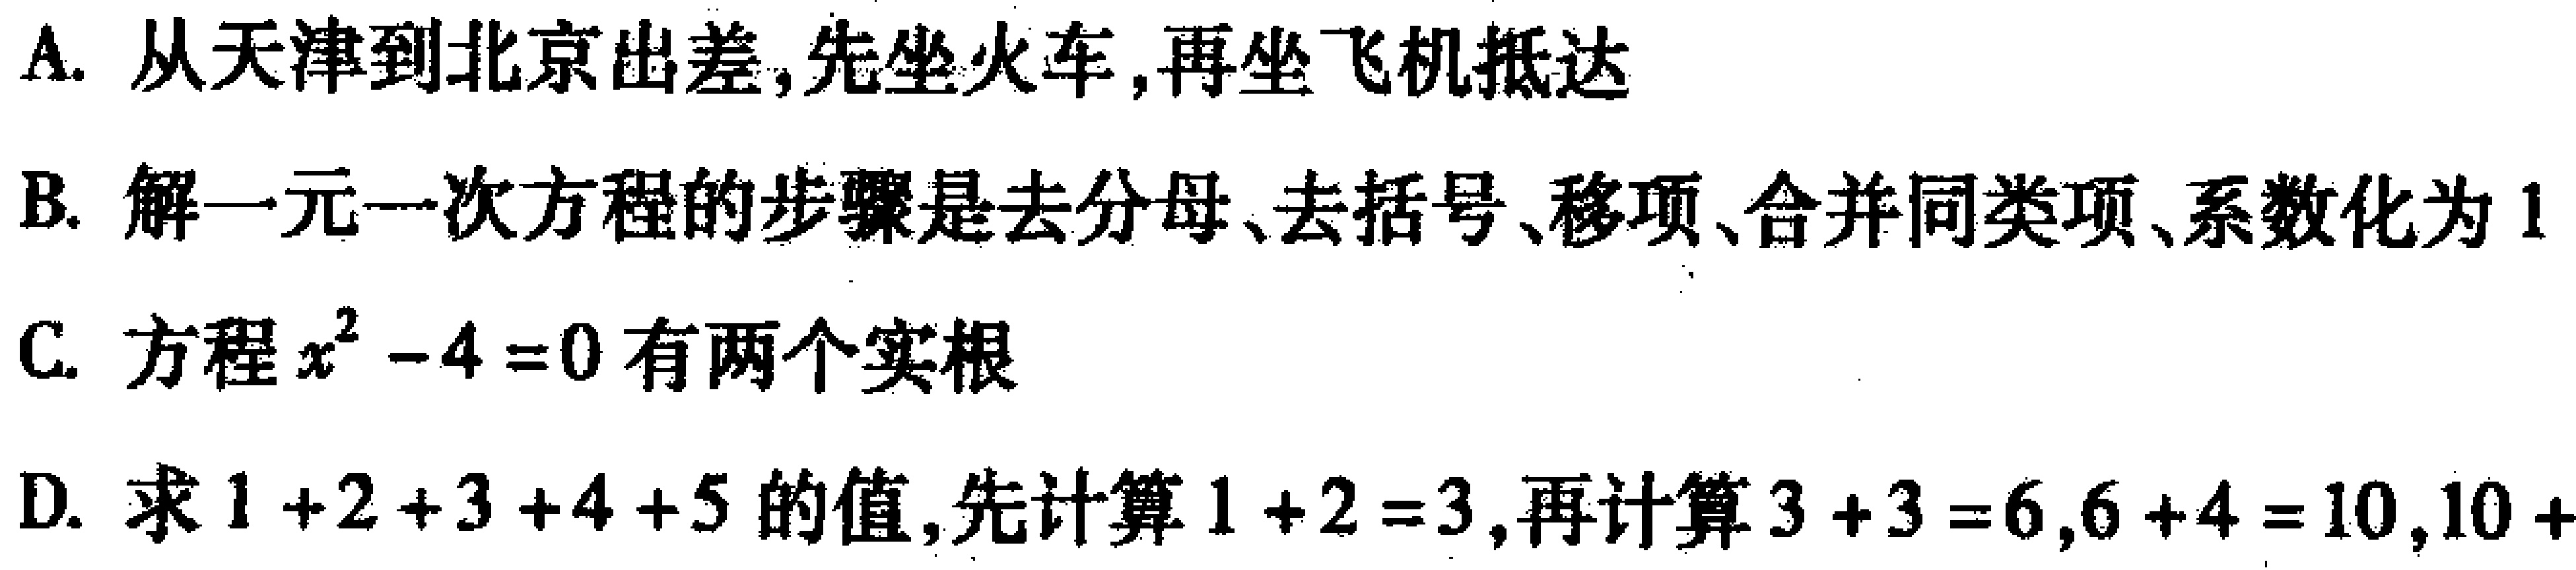
A. 从天津到北京出差,先坐火车,再坐飞机抵达
B. 解一元一次方程的步骤是去分母、去括号、移项、合并同类项、系数化为1
C. 方程\(x^{2}-4 = 0\)有两个实根
D. 求\(1 + 2+3 + 4 + 5\)的值,先计算\(1 + 2 = 3\),再计算\(3 + 3 = 6\),\(6 + 4 = 10\),\(10+\)